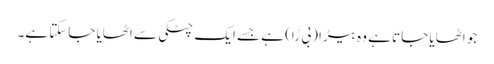
جو اٹھایا جاتا ہے وہ بیڑا (بی ڑا) ہے جسے ایک چٹکی سے اٹھایا جاسکتا ہے۔